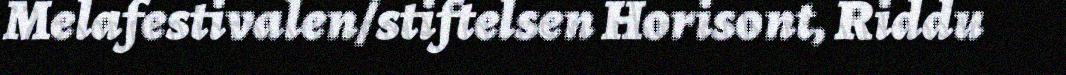
Melafestivalen/stiftelsen Horisont, Riddu